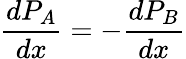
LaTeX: {\frac{dP_{A}}{dx}}=-{\frac{dP_{B}}{dx}}